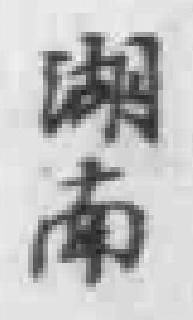
湖南